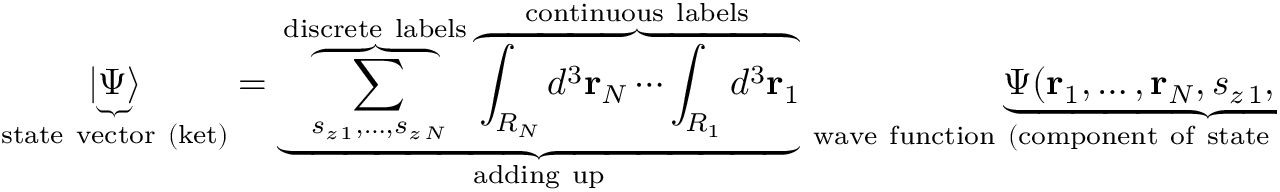
\underbrace { | \Psi \rangle } _ { \mathrm { s t a t e ~ v e c t o r ~ ( k e t ) } } = \underbrace { \overbrace { \sum _ { s _ { z \, 1 } , \ldots , s _ { z \, N } } } ^ { \mathrm { d i s c r e t e ~ l a b e l s } } \overbrace { \int _ { R _ { N } } d ^ { 3 } \mathbf { r } _ { N } \cdots \int _ { R _ { 1 } } d ^ { 3 } \mathbf { r } _ { 1 } } ^ { \mathrm { c o n t i n u o u s ~ l a b e l s } } } _ { \mathrm { a d d i n g ~ u p } } \, \underbrace { { \Psi } ( \mathbf { r } _ { 1 } , \ldots , \mathbf { r } _ { N } , s _ { z \, 1 } , \ldots , s _ { z \, N } ) } _ { \mathrm { w a v e ~ f u n c t i o n ~ ( c o m p o n e n t ~ o f ~ s t a t e ~ v e c t o r ~ a l o n g ~ b a s i s ~ s t a t e ) } } \underbrace { | \mathbf { r } _ { 1 } , \ldots , \mathbf { r } _ { N } , s _ { z \, 1 } , \ldots , s _ { z \, N } \rangle } _ { \mathrm { b a s i s ~ s t a t e ~ ( b a s i s ~ k e t ) } } \, .